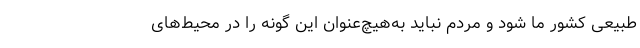
طبیعی کشور ما شود و مردم نباید به‌هیچ‌عنوان این گونه را در محیط‌های